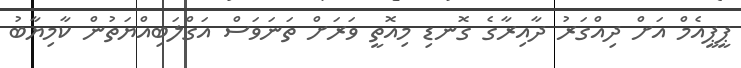
ޕީޕީއެމް އަށް ދިއްގަރު ދާއިރާގެ ގޮނޑި މިއޮތީ ވަރަށް ތަނަވަސް އަގްލަބިއްޔަތުން ކާމިޔާބު